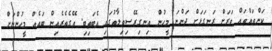
ކަންތައްތައް ވަރަށް ރަނގަޅަށް ދަންނަ މީހުން އިނގިރޭސިވިލާތުގައި އެބަތިބި. އޭގެތެރެއިން ބައެއް މީހުންނަށް